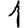
Digit: 1